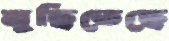
মুছিতেছে